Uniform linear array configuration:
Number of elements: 64
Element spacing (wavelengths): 0.5
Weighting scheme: kaiser
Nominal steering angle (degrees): -60
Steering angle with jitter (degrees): -58.398
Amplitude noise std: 0.05
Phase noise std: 0.05

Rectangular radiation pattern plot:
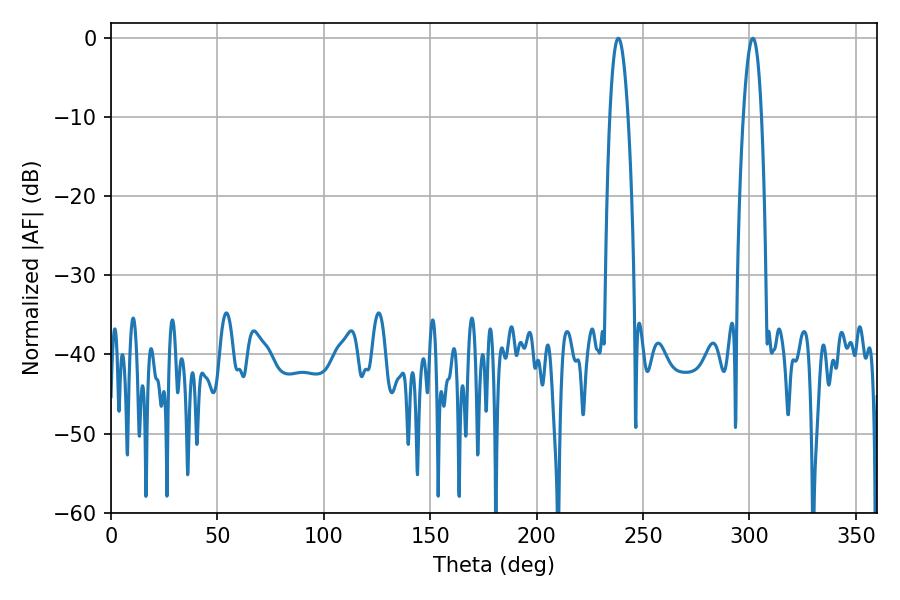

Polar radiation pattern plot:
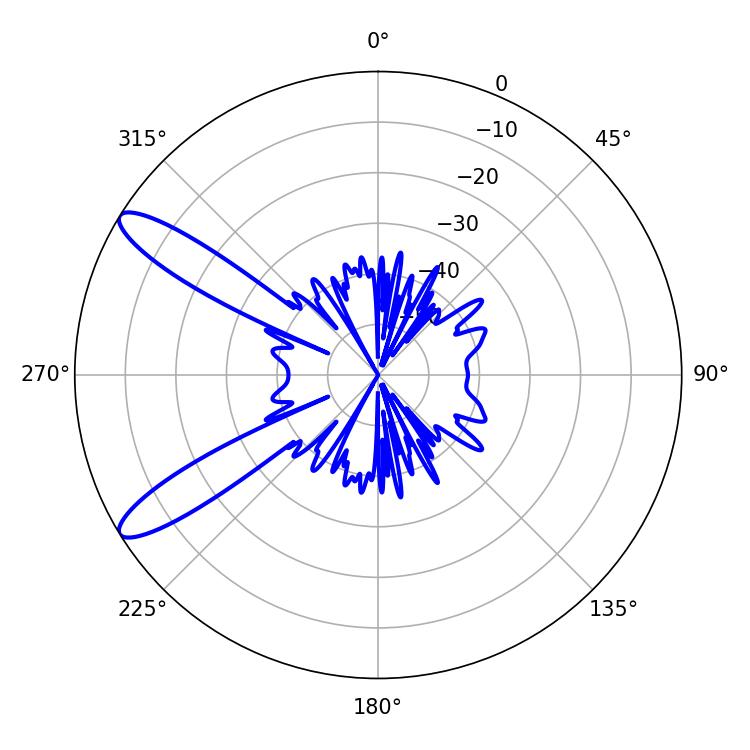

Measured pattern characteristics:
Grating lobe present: FALSE
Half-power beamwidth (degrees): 4.68
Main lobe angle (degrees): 238.32